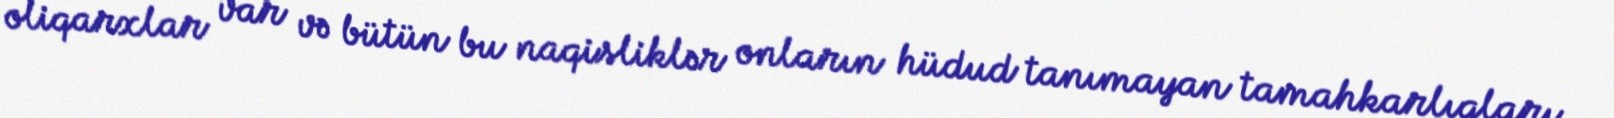
oliqarxlar var və bütün bu naqisliklər onların hüdud tanımayan tamahkarlıqları